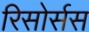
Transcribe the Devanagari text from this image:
रिसोर्सस